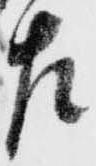
左